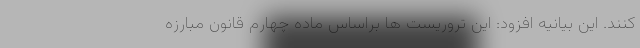
کنند. این بیانیه افزود: این تروریست ها براساس ماده چهارم قانون مبارزه